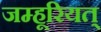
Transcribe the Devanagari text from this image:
जम्हूरियत्